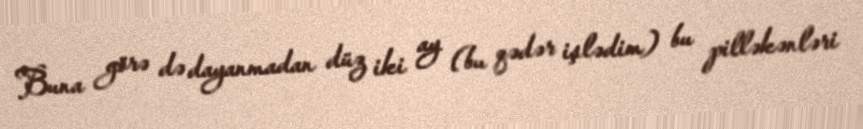
Buna görə də dayanmadan düz iki ay (bu qədər işlədim) bu pilləkənləri